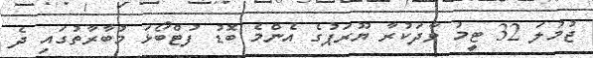
ޖުމުލަ 32 ޓީމު ވާދަކުރާ ޔޫރަޕުގެ އެންމެ ބޮޑު ފުޓްބޯޅަ މުބާރާތުގައި ދެ